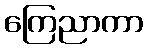
ကြေညာကာ